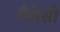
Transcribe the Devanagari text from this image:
गैलेसी